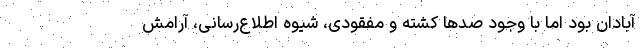
آبادان بود اما با وجود صدها کشته و مفقودی، شیوه اطلاع‌رسانی، آرامشِ